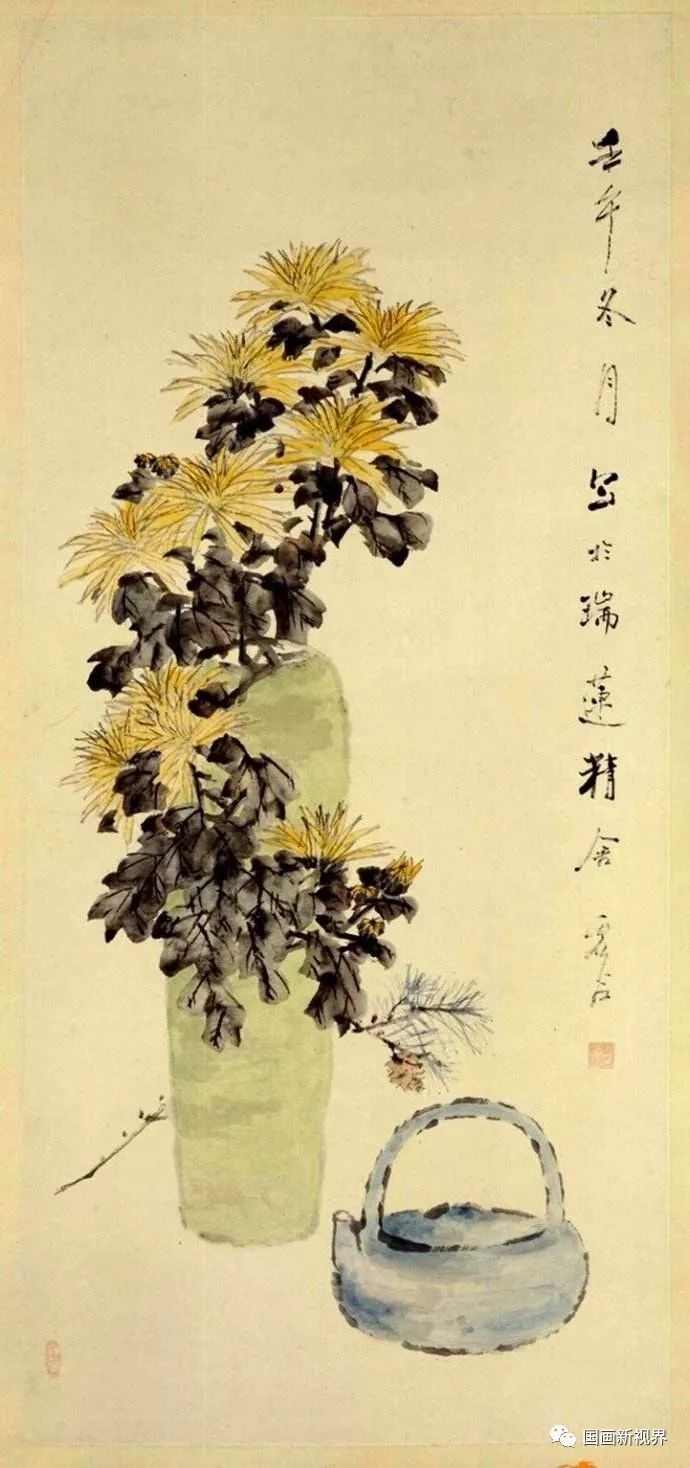
三载重阳菊，开时不在家。